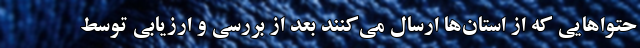
حتواهایی که از استان‌ها ارسال می‌کنند بعد از بررسی و ارزیابی توسط